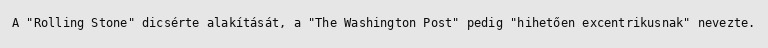
A "Rolling Stone" dicsérte alakítását, a "The Washington Post" pedig "hihetően excentrikusnak" nevezte.